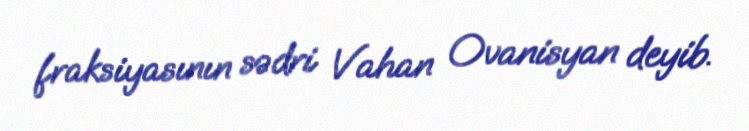
fraksiyasının sədri Vahan Ovanisyan deyib.